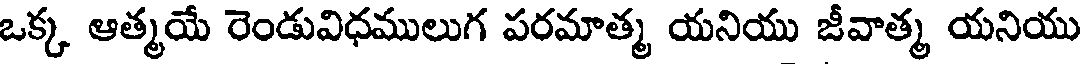
ఒక్క ఆత్మయే రెండువిధములుగ పరమాత్మ యనియు జీవాత్మ యనియు